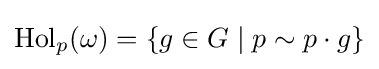
\operatorname {Hol} _{p}(\omega )=\{g\in G\mid p\sim p\cdot g\}